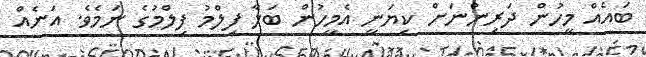
ބައެއް މީހުން ދަރިންނަށް ކިޔަނީ އެމީހުން ބަލާ ފިލްމު ފިލްމުގެ ނަމެވެ. އަނެއް